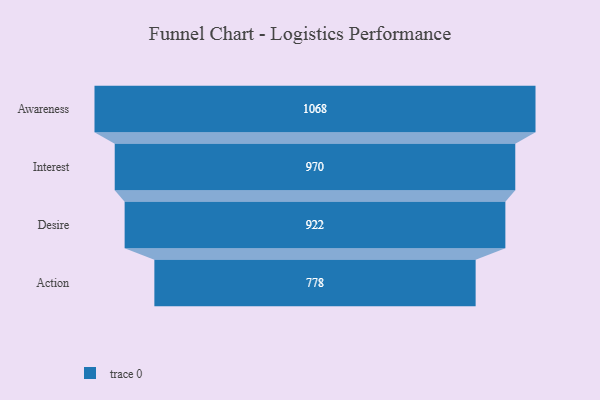
{"axis": {"x": "Stage", "y": "Value"}, "legend": [""], "data": [{"x": "Awareness", "y": 1068.0, "type": ""}, {"x": "Interest", "y": 970.0, "type": ""}, {"x": "Desire", "y": 922.0, "type": ""}, {"x": "Action", "y": 778.0, "type": ""}]}